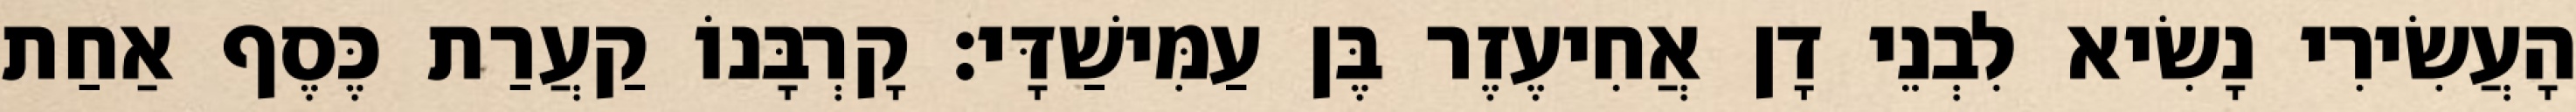
הָעֲשִׂירִי נָשִׂיא לִבְנֵי דָן אֲחִיעֶזֶר בֶּן עַמִּישַׁדָּי׃ קָרְבָּנוֹ קַעֲרַת כֶּסֶף אַחַת